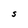
Character: S